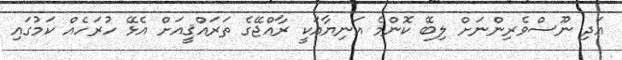
އަދި ނޫސްވެރިންނަށް ލިބޭ ކޮންމެ އަނިޔާއަކީ ރާއްޖޭގެ ތަރައްޤީއަށް އެޅޭ ހުރަހެއް ކަމުގައި